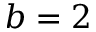
b = 2